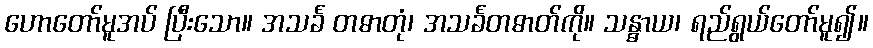
ဟောတော်မူအပ် ပြီးသော။ အသင်္ခ တဓာတုံ၊ အသင်္ခတဓာတ်ကို။ သန္ဓာယ၊ ရည်ရွယ်တော်မူ၍။